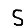
Digit: 5